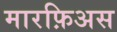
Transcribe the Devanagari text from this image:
मारफ़िअस